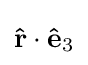
\mathbf {\hat {r}} \cdot \mathbf {\hat {e}} _{3}